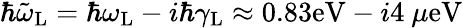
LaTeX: \hbar\tilde{\omega}_{\mathrm{L}}=\hbar\omega_{\mathrm{L}}-i\hbar\gamma_{\mathrm{L}}\approx 0.83\mathrm{eV}-i4~\mu\mathrm{eV}